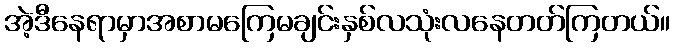
အဲ့ဒီနေရာမှာအစာမကြေမချင်းနှစ်လသုံးလနေတတ်ကြတယ်။